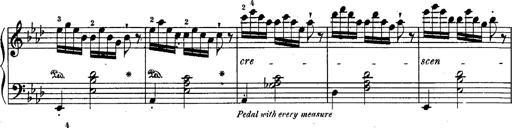
Title: Schubert's Impromptus [revised and edited by Franz Liszt]
Composer: Franz Liszt